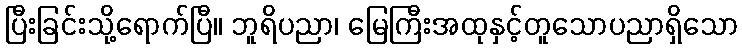
ပြီးခြင်းသို့ရောက်ပြီ။ ဘူရိပညာ၊ မြေကြီးအထုနှင့်တူသောပညာရှိသော